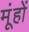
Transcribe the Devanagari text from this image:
मूंहों